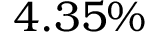
4 . 3 5 \%